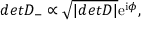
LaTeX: d e t { \cal D } _ { - } \propto \sqrt { | d e t { \cal D } | } \mathrm { e } ^ { \mathrm { i } \phi } ,